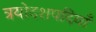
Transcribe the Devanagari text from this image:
त्रयोदशपदियाँ